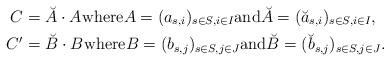
LaTeX: \begin{align*}C&=\breve{A}\cdot A^{} \mbox{where} A=(a_{s,i})_{s\in S,i \in I} \mbox{and}\breve{A}=(\breve{a}_{s,i})_{s\in S,i \in I},\\C'&=\breve{B}\cdot B^{} \mbox{where} B=(b_{s,j})_{s\in S,j \in J} \mbox{and}\breve{B}=(\breve{b}_{s,j})_{s\in S,j \in J}.\end{align*}